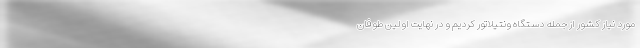
مورد نیاز کشور از جمله دستگاه ونتیلاتور کردیم و در نهایت اولین طوفان